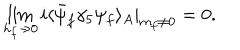
\lim _ { h _ { f } \rightarrow 0 } i \langle \bar { \psi } _ { f } \gamma _ { 5 } \psi _ { f } \rangle _ { A } | _ { m _ { f } \ne 0 } = 0 .